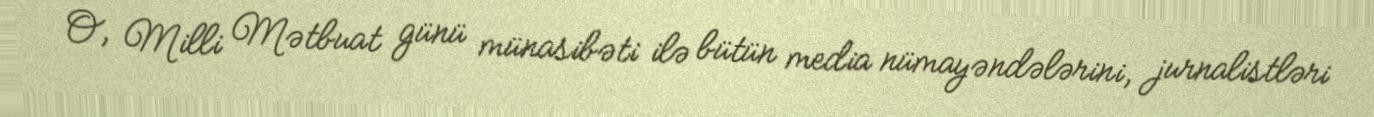
O, Milli Mətbuat günü münasibəti ilə bütün media nümayəndələrini, jurnalistləri